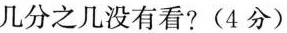
几分之几没有看?(4分)